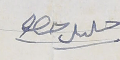
حلىل حصو